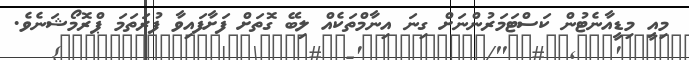
މިއީ މިޑީއާނެޓުން ކަސްޓަމަރުންނަށް ގިނަ އިނާމްތަކެއް ލިބޭ ގޮތަށް ފަށާފައިވާ ފުރަތަމަ ޕްރޮމޯޝަނެވެ.